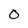
Character: 0